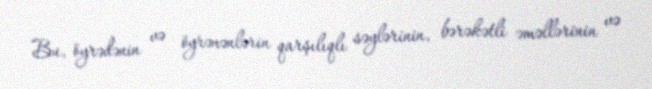
Bu, öyrədənin və öyrənənlərin qarşılıqlı səylərinin, bərəkətli əməllərinin və